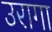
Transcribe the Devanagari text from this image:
उरागा